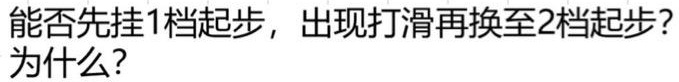
能否先挂1档起步，出现打滑再换至2档起步？为什么？